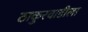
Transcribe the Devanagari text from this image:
ठाकुरवाडीला